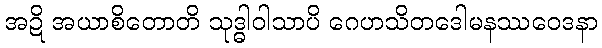
အဍိ အယာစိတောတိ သုဒ္ဓါဝါသာပိ ဂေဟသိတဒေါမနဿဝေဒနာ